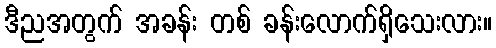
ဒီညအတွက် အခန်း တစ် ခန်းလောက်ရှိသေးလား။